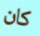
كان